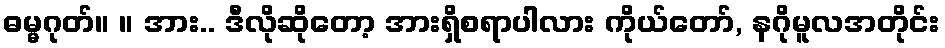
ဓမ္မဂုတ်။ ။ အား.. ဒီလိုဆိုတော့ အားရှိစရာပါလား ကိုယ်တော်, နဂိုမူလအတိုင်း